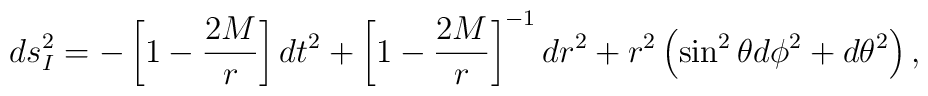
ds^2_I = - \left[1-\frac{2M}{r}\right] dt^2 +\left[1-\frac{2M}{r}\right]^{-1} dr^2 +r^2\left(\sin^2\theta d\phi^2 +d\theta^2\right),